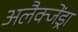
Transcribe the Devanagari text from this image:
अलैक्जेंड्रा